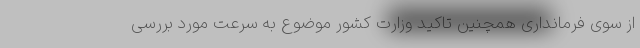
از سوی فرمانداری همچنین تاکید وزارت کشور موضوع به سرعت مورد بررسی